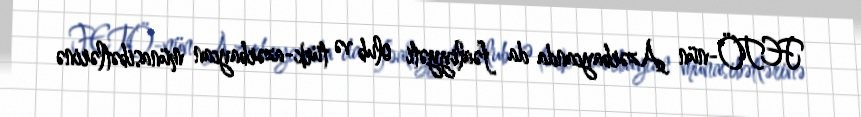
FETÖ-nün Azərbaycanda da fəaliyyəti olub və türk-azərbaycan münasibətlərinə